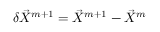
\delta \vec { X } ^ { m + 1 } = \vec { X } ^ { m + 1 } - \vec { X } ^ { m }